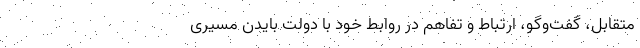
متقابل، گفت‌و‌گو، ارتباط و تفاهم در روابط خود با دولت بایدن مسیری